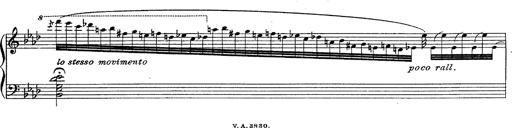
Title: Fantasie Ã¼ber Themen aus Mozarts Figaro und Don Giovanni
Composer: Franz Liszt